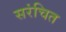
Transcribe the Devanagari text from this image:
सरंचित